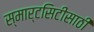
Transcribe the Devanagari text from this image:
स्मार्टसिटीसाठी